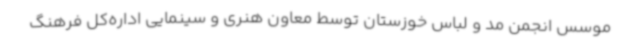
موسس انجمن مد و لباس خوزستان توسط معاون هنری و سینمایی اداره‌کل فرهنگ